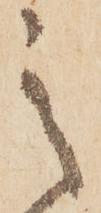
之